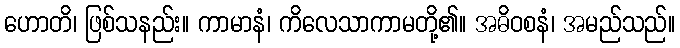
ဟောတိ၊ ဖြစ်သနည်း။ ကာမာနံ၊ ကိလေသာကာမတို့၏။ အဓိဝစနံ၊ အမည်သည်။